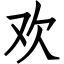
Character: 欢